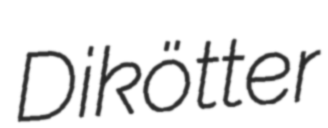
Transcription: Dikötter